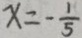
x = - \frac { 1 } { 5 }